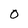
Character: 0